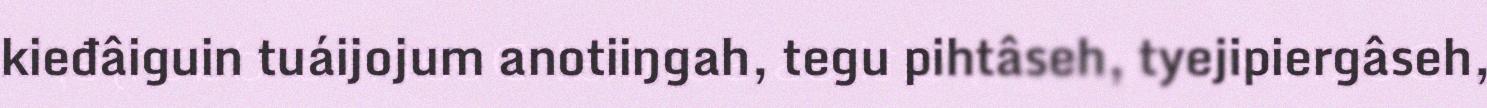
kieđâiguin tuáijojum anotiiŋgah, tegu pihtâseh, tyejipiergâseh,